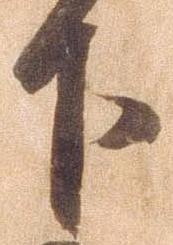
下